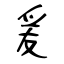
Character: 爰